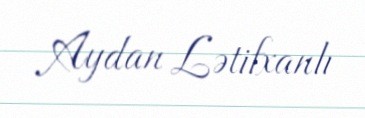
Aydan Lətifxanlı